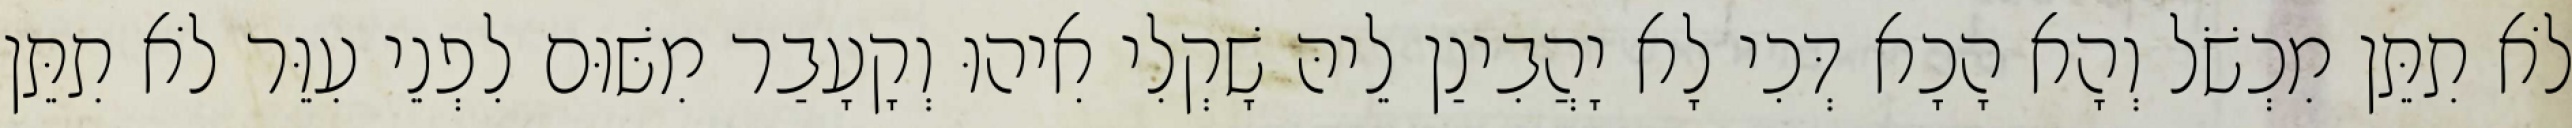
לֹא תִתֵּן מִכְשֹׁל וְהָא הָכָא דְּכִי לָא יָהֲבִינַן לֵיהּ שָׁקְלִי אִיהוּ וְקָעָבַר מִשּׁוּם לִפְנֵי עִוֵּר לֹא תִתֵּן